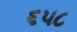
૬૫૮